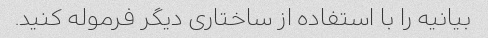
بیانیه را با استفاده از ساختاری دیگر فرموله کنید.